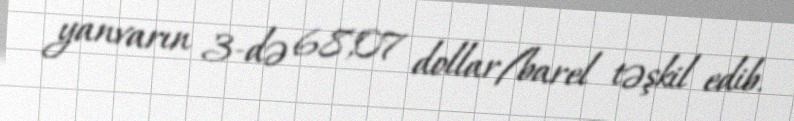
yanvarın 3-də 68,07 dollar/barel təşkil edib.